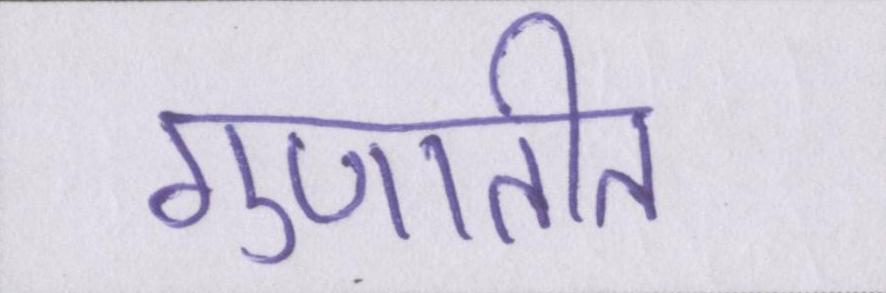
गुणातीत